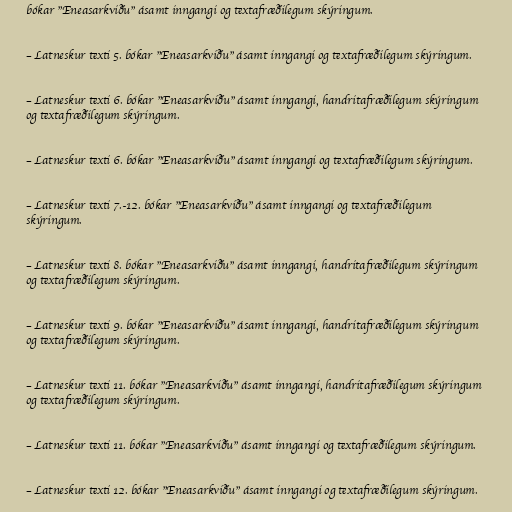
bókar "Eneasarkviðu" ásamt inngangi og textafræðilegum skýringum.

– Latneskur texti 5. bókar "Eneasarkviðu" ásamt inngangi og textafræðilegum skýringum.

– Latneskur texti 6. bókar "Eneasarkviðu" ásamt inngangi, handritafræðilegum skýringum
og textafræðilegum skýringum.

– Latneskur texti 6. bókar "Eneasarkviðu" ásamt inngangi og textafræðilegum skýringum.

– Latneskur texti 7.-12. bókar "Eneasarkviðu" ásamt inngangi og textafræðilegum
skýringum.

– Latneskur texti 8. bókar "Eneasarkviðu" ásamt inngangi, handritafræðilegum skýringum
og textafræðilegum skýringum.

– Latneskur texti 9. bókar "Eneasarkviðu" ásamt inngangi, handritafræðilegum skýringum
og textafræðilegum skýringum.

– Latneskur texti 11. bókar "Eneasarkviðu" ásamt inngangi, handritafræðilegum skýringum
og textafræðilegum skýringum.

– Latneskur texti 11. bókar "Eneasarkviðu" ásamt inngangi og textafræðilegum skýringum.

– Latneskur texti 12. bókar "Eneasarkviðu" ásamt inngangi og textafræðilegum skýringum.